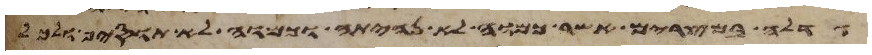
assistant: גדלה במצרים אשר כמוה לא נהיתה וכמוה לא תוסיף ולכל